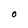
Character: O